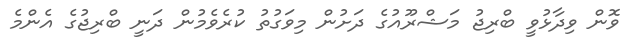
ވޮން ވިދާޅުވީ ބްރިޖު މަޝްރޫއުގެ ދަށުން މިވަގުތު ކުރެވެމުން ދަނީ ބްރިޖުގެ އެންމެ